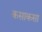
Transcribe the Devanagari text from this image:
कसाकसा